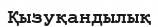
Қызуқандылық